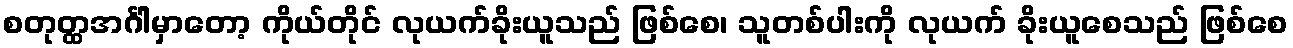
စတုတ္ထအင်္ဂါမှာတော့ ကိုယ်တိုင် လုယက်ခိုးယူသည် ဖြစ်စေ၊ သူတစ်ပါးကို လုယက် ခိုးယူစေသည် ဖြစ်စေ